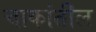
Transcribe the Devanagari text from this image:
चाकांतील